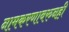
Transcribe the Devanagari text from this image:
नामकरणावरुनही